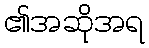
၏အဆိုအရ